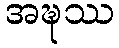
အဍ္ဎဿ